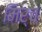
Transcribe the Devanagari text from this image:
मिर्च